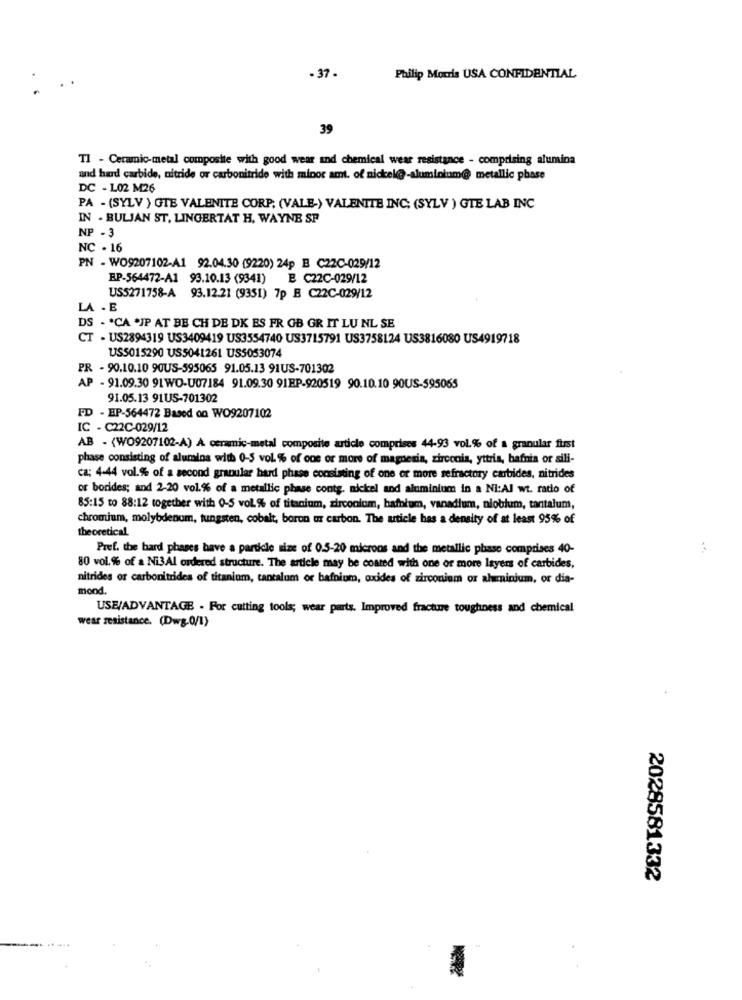
- 37-
Philip Morris USA CONFIDENTIAL
39
Tl - Ceramic-metal composite with good wear and chemical wear resistance - comprising alumina
and hard carbide, nitride or carbonitride with minor amt. of nickel@-aluminium@ metallic phase
DC - L02 M26
PA - (SYLV ) GTE VALENITE CORP. (VALE-) VALENITE INC; (SYLV ) GTE LAB INC
IN - BULJAN ST, LINGERTAT H. WAYNE SP
NP - 3
NC - 16
PN - WO9207102-A1 92.04.30 (9220) 24p B C22C-029/12
BP-564472-A1 93.10.13 (9341)
E C22C-029/12
US5271758-A 93.12.21 (9351) 7p B C22C-029/12
LA - E
DS - * CA *IP AT BE CH DE DK ES FR GB GR IT LU NL SE
CT · US2894319 US3409419 US3554740 US3715791 US3758124 US3816080 US4919718
US5015290 US5041261 US5053074
PR - 90.10.10 90US-595065 91.05.13 91US-701302
AP - 91.09.30 91WO-U07184 91.09.30 91EP-920519 90.10.10 90US-595065
91.05.13 91US-701302
FD - EP-564472 Based on WO9207102
IC - C22C-029/12
AB - (WO9207102-A) A ceramic-metal composite article comprises 44-93 vol% of a granular furst
phase consisting of alumina with 0-5 vol % of one or more of magnesia, zirconia, yttria, bafnia or sili-
ca: 4-44 vol.% of a second granular hard phase consisting of one or more refractory carbides, nitrides
or borides; and 2-20 vol.% of a metallic phase contg. nickel and aluminium in a Ni:Al wt. ratio of
85:15 to 88:12 together with 0-5 vol% of titanium, zirconiom, hafnium, vanadium, niobium, tantalum,
chromium, molybdenum, tungsten, cobalt, boron or carbon. The article has a density of at least 95% of
theoretical
Pref. the bard phases have a particle size of 0.5-20 microns and the metallic phase comprises 40-
80 vol.% of a Ni3Al ordered structure. The article may be coated with one or more layers of carbides,
nitrides or carbonitrides of titanium, tantalum or hafnium, oxides of zirconium or aluminium, or dia-
mond.
USE/ADVANTAGE . For cutting tools; wear parts, Improved fracture toughness and chemical
wear resistance. (Dwg.0/1)
2028581332